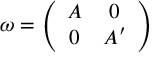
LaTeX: \omega = \left( \begin{array} { c c } { { A } } & { { 0 } } \\ { { 0 } } & { { A ^ { \prime } } } \end{array} \right)